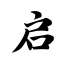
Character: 启